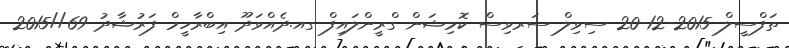
ތަފްސީލް 2015-12-20 ސިވިލް ސަރވިސް ކޮމިޝަން ގްރީންލައިފް ގއ.ދެއްވަދޫ އިބްރާހީމް ފަރުޝާދު 69//2015